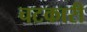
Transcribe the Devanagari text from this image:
चटकारी